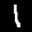
Label: 1